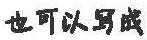
也可以写成